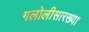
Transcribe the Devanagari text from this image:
गलोलीसारख्या